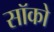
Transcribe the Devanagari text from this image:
सॉको